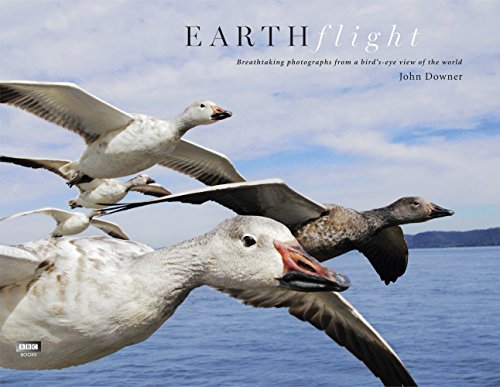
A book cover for Earthflight; John Downer; Arts & Photography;